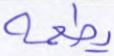
يطعمه